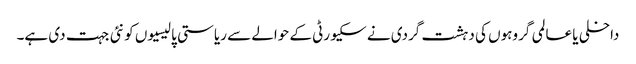
داخلی یا عالمی گروہوں کی دہشت گردی نے سکیورٹی کے حوالے سے ریاستی پالیسیوں کو نئی جہت دی ہے۔